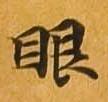
眼